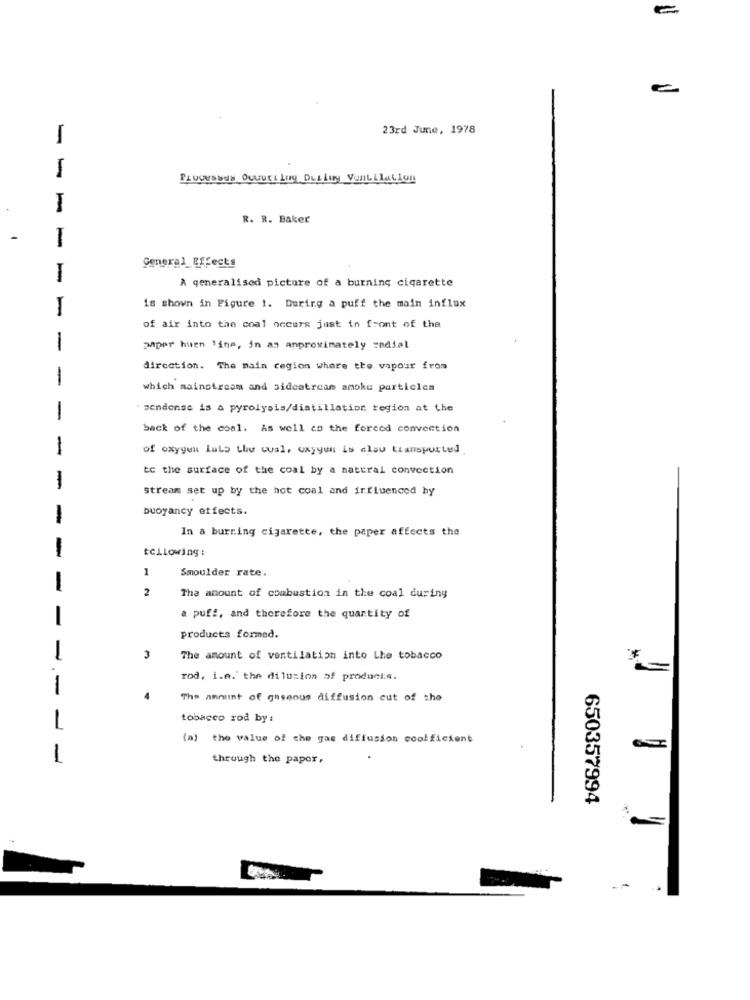
23rd June, 1978
1
FLUGESBEN OUQUELLOy DLLluy VonLLlaLion
R. R. Baker
-
-
General_Effects
I
A generalised picture of a burning cigarette
is shown in Figure !. During a puff the main influx
of air into the coal occurs just in front of the
1
paper huen line, in as approximately zadjal
direction. The main region where the vapour from
1
which mainstream and sidestream smoke particles
1
sendense is a pyrolysis/distillation region at the
back of the coal. As well as the forced convection
1
of oxygen lulo Lhe cual, oxyyen is elsu transported
tc the surface of the coal by a natural convection
-
stream set up by the hot coal and influenced by
buoyancy effects.
-
In a burning cigarette, the paper affects the
tcllowing :
-
1
Smoulder rate.
-
The amount of combustion in the coal during
a puff, and therefore the quantity of
products formed.
-
3
The amount of ventilation into Lhe tobacco
rod, i.a.' the dilution af product ...
-
The amount of gaseous diffusion cut of the
tobacco rod by:
L
(a) the value of the gas diffusion coofficient
1
through the paper,
650357994